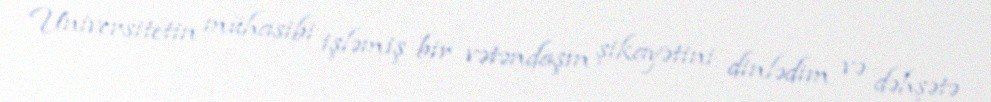
Universitetin mühasibi işləmiş bir vətəndaşın şikayətini dinlədim və dəhşətə